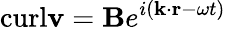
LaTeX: \textrm{curl}\mathbf{v}=\mathbf{B}e^{i(\mathbf{k}\cdot\mathbf{r}-\omega t)}